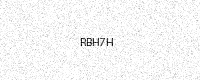
Text: RBH7H